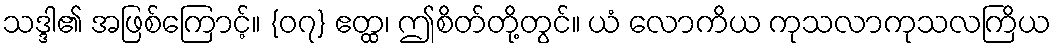
သဒ္ဒါ၏ အဖြစ်ကြောင့်။ {၀၇} ဧတ္ထ၊ ဤစိတ်တို့တွင်။ ယံ လောကိယ ကုသလာကုသလကြိယ